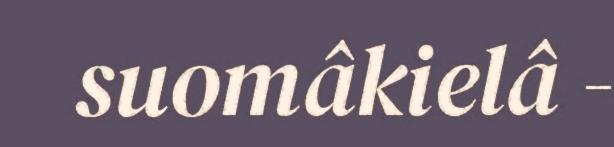
suomâkielâ -